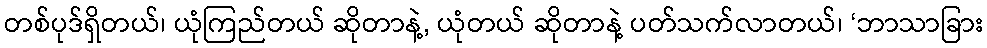
တစ်ပုဒ်ရှိတယ်၊ ယုံကြည်တယ် ဆိုတာနဲ့, ယုံတယ် ဆိုတာနဲ့ ပတ်သက်လာတယ်၊ ‘ဘာသာခြား